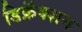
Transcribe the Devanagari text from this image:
डिफ्रॅक्शन